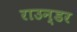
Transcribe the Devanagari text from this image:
राउन्डर